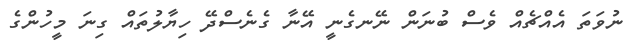
ނުވަތަ އެއްޗެއް ވެސް ބުނަން ނޭނގެނީ އޭނާ ގެނެސްދޭ ހިޔާލުތައް ގިނަ މީހުންގެ